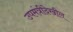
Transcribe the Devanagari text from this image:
उपमंत्रीदेखील